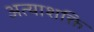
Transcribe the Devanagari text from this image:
अत्याशक्ति